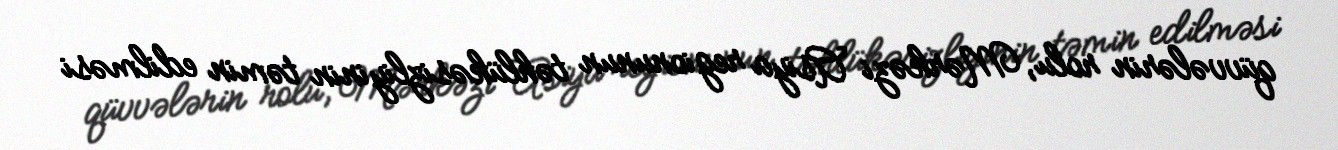
qüvvələrin rolu, Mərkəzi Asiya regionunun təhlükəsizliyinin təmin edilməsi